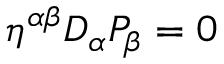
\eta ^ { \alpha \beta } D _ { \alpha } P _ { \beta } = 0